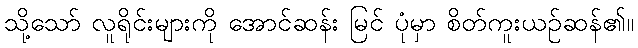
သို့သော် လူရိုင်းများကို အောင်ဆန်း မြင် ပုံမှာ စိတ်ကူးယဉ်ဆန်၏။